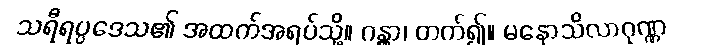
သရီရပ္ပဒေသ၏ အထက်အရပ်သို့။ ဂန္တွာ၊ တက်၍။ မနောသိလာဂုဏ္ဏ